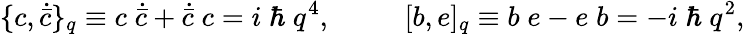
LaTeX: \{ c,\dot{\bar{c}}\} _{q}\equiv c\; \dot{\bar{c}}+\dot{\bar{c}}\; c=i\; \hbar\; q^{4},\; \qquad\; [b,e]_{q}\equiv b\; e-e\; b=-i\; \hbar\; q^{2},